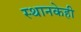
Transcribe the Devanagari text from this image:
स्थानकेही